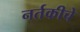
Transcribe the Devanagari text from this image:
नर्तकीचे